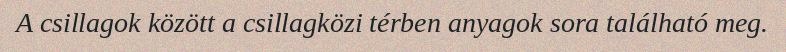
A csillagok között a csillagközi térben anyagok sora található meg.